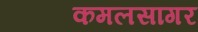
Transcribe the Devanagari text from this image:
कमलसागर